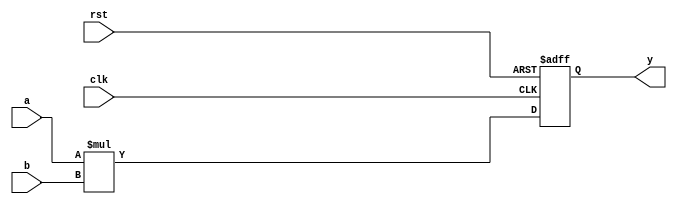
module dsp
(
    rst,
    clk,
    a,
    b,
    y
);

input           clk;
input           rst;
input   [35:0]        a;
input   [35:0]        b;
output  [71:0]        y;

reg   [71:0]        y; 


always @(posedge clk or negedge rst)
begin
    if (rst == 1'b0)
    begin
        y   <= 72'h0;
    end
    else
    begin
        y  <= a * b; 
    end
end

endmodule